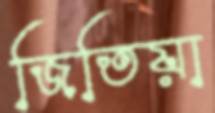
জিতিয়া